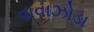
વાવાઝોડા